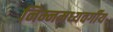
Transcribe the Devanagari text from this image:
निम्नमध्यवर्गीय